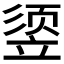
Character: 𰩧